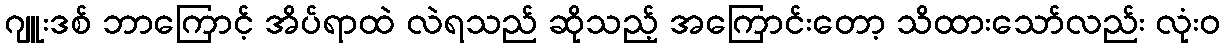
ဂျူးဒစ် ဘာကြောင့် အိပ်ရာထဲ လဲရသည် ဆိုသည့် အကြောင်းတော့ သိထားသော်လည်း လုံးဝ